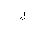
Letter: _lam